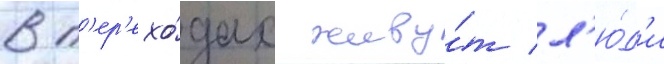
в п'ер'ехо́дах живу́т л'ю́д'и